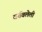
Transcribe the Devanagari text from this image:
वर्तवलेली